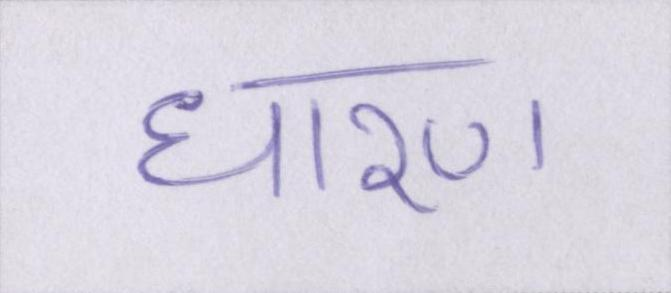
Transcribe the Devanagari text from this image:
धारण